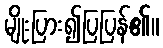
မျိုးပြား၍ပြပြန်၏။